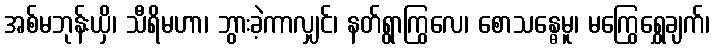
အစ်မဘုန်းယှိ၊ သီရိမဟာ၊ ဘွားခဲ့ကာလျှင်၊ နတ်ရွာကြွလေ၊ စောသန္ဓေမူ၊ မကြွေရွှေချက်၊